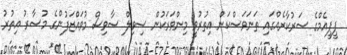
ޕީޕީއެމްގެ ސަރުކާރެއްގައި ތަނަވަސްކަން އިތުރުވީ މިންވަރަކުން ސިވިލް ސާވިސް މުވައްޒަފުންގެ މުސާރު އިތުރު